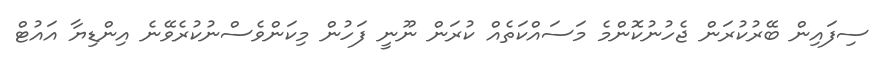
ސިފައިން ބޭރުކުރަން ޖެހުނުކޮންމެ މަސައްކަތެއް ކުރަން ނޫނީ ފަހުން މިކަންވެސްނުކުރެވޭނެ އިންޑިޔާ އައުޓް